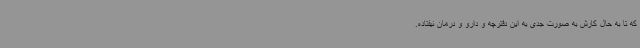
که تا به حال کارش به صورت جدی به این دفترچه و دارو و درمان نیفتاده.